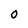
Character: 0